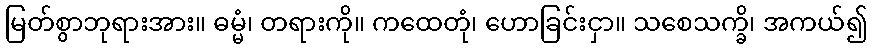
မြတ်စွာဘုရားအား။ ဓမ္မံ၊ တရားကို။ ကထေတုံ၊ ဟောခြင်းငှာ။ သစေသက္ခိ၊ အကယ်၍